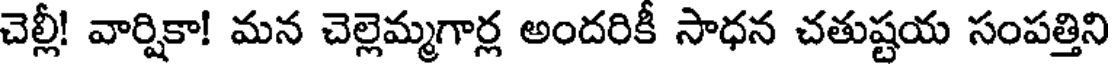
చెల్లీ! వార్షికా! మన చెల్లెమ్మగార్ల అందరికీ సాధన చతుష్టయ సంపత్తిని